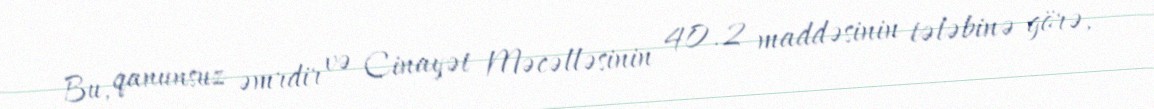
Bu, qanunsuz əmrdir və Cinayət Məcəlləsinin 40.2 maddəsinin tələbinə görə,